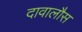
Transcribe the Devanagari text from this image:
दावालौस